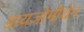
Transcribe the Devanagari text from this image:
डायजोमीथेन